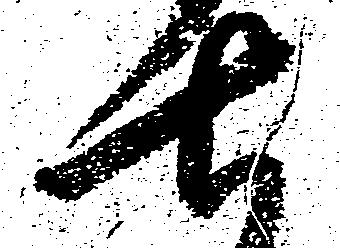
七